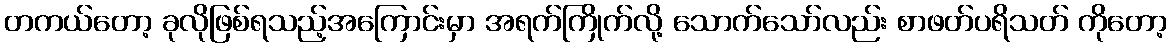
တကယ်တော့ ခုလိုဖြစ်ရသည့်အကြောင်းမှာ အရက်ကြိုက်လို့ သောက်သော်လည်း စာဖတ်ပရိသတ် ကိုတော့